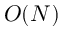
O ( N )